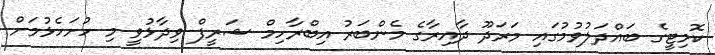
ކޮމިޓީގެ ބައްދަލުވުމުގައި މަރަދޫ ދާއިރާގެ މެންބަރު އިބްރާހިމް ޝަރީފް ވިދާޅުވީ މި ހުށަހެޅުމަށް